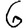
Digit: 6